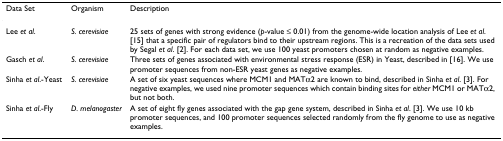
<table><thead><tr><td><b>Data Set</b></td><td><b>Organism</b></td><td><b>Description</b></td></tr></thead><tbody><tr><td>Lee <i>et al</i>.</td><td><i>S. cerevisiae</i></td><td>25 sets of genes with strong evidence (<i>p</i>-value ≤ 0.01) from the genome-wide location analysis of Lee <i>et al</i>. [15] that a specific pair of regulators bind to their upstream regions. This is a recreation of the data sets used by Segal <i>et al</i>. [2]. For each data set, we use 100 yeast promoters chosen at random as negative examples.</td></tr><tr><td>Gasch <i>et al</i>.</td><td><i>S. cerevisiae</i></td><td>Three sets of genes associated with environmental stress response (ESR) in Yeast, described in [16]. We use promoter sequences from non-ESR yeast genes as negative examples.</td></tr><tr><td>Sinha <i>et al</i>.-Yeast</td><td><i>S. cerevisiae</i></td><td>A set of six yeast sequences where MCM1 and MATα2 are known to bind, described in Sinha <i>et al</i>. [3]. For negative examples, we used nine promoter sequences which contain binding sites for <i>either </i>MCM1 or MATα2, but not both.</td></tr><tr><td>Sinha <i>et al</i>.-Fly</td><td><i>D. melanogaster</i></td><td>A set of eight fly genes associated with the gap gene system, described in Sinha <i>et al</i>. [3]. We use 10 kb promoter sequences, and 100 promoter sequences selected randomly from the fly genome to use as negative examples.</td></tr></tbody></table>